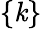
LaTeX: \{ \mathit{k}\}